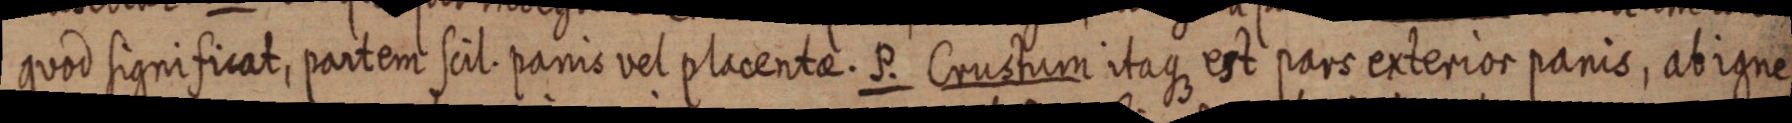
quod significat, partem scil. panis vel placente. P. Crustrum itaque est pars exterior panis, abigne